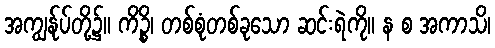
အကျွန်ုပ်တို့၌။ ကိဉ္စိ၊ တစ်စုံတစ်ခုသော ဆင်းရဲကို။ န စ အကာသိ၊